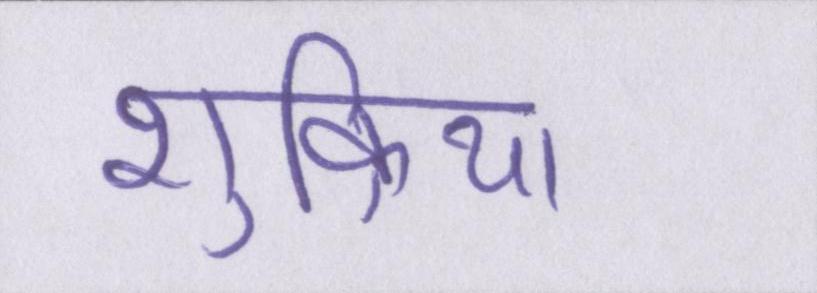
शुक्रिया